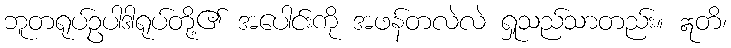
ဘူတရုပ်ဥပါဒါရုပ်တို့၏ အပေါင်းကို အဖန်တလဲလဲ ရှုသည်သာတည်း။ ဣတိ၊